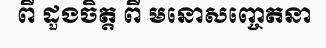
ពី ដួងចិត្ត ពី មនោសញ្ចេតនា